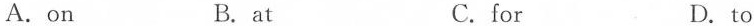
A.on B.at C.for D.to